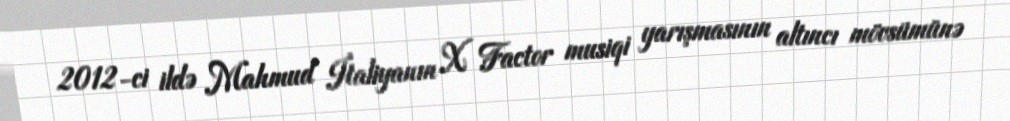
2012-ci ildə Mahmud İtaliyanın X Factor musiqi yarışmasının altıncı mövsümünə